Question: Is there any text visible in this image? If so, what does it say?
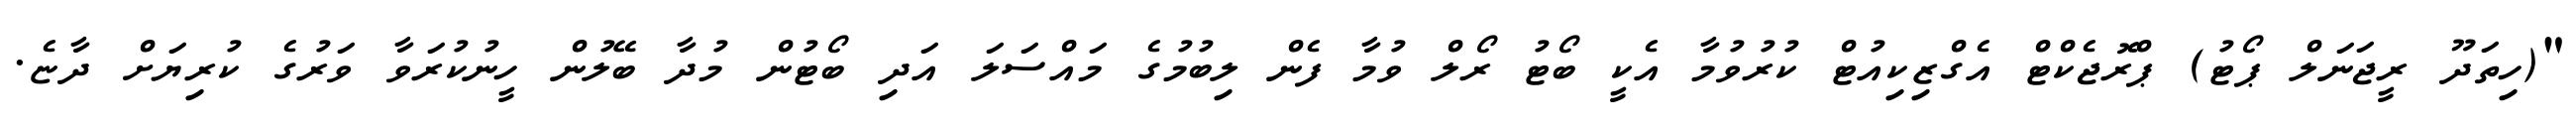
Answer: "(ހިތަދޫ ރީޖަނަލް ޕޯޓު) ޕްރޮޖެކްޓް އެގްޒިކިއުޓް ކުރުވުމާ އެކީ ބޯޓު ރޯލް ވުމާ ފެން ލިބުމުގެ މައްސަލަ އަދި ބޯޓުން މުދާ ބޭލުން ހީނުކުރަވާ ވަރުގެ ކުރިޔަށް ދާޏެ.